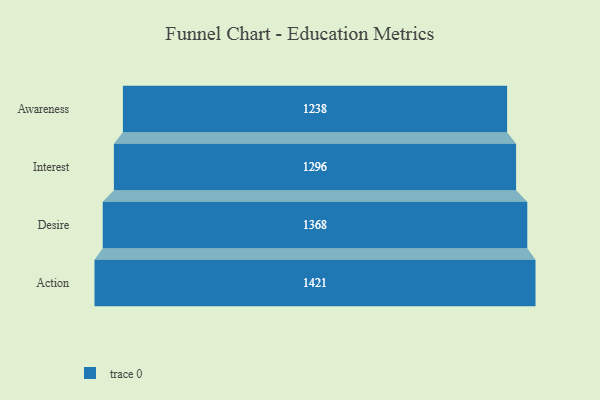
{"axis": {"x": "Stage", "y": "Value"}, "legend": [""], "data": [{"x": "Awareness", "y": 1238.0, "type": ""}, {"x": "Interest", "y": 1296.0, "type": ""}, {"x": "Desire", "y": 1368.0, "type": ""}, {"x": "Action", "y": 1421.0, "type": ""}]}